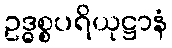
ဥဒ္ဓစ္စပရိယုဋ္ဌာနံ